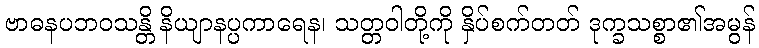
ဗာဓနပဘဝသန္တိ နိယျာနပ္ပကာရေန၊ သတ္တဝါတို့ကို နှိပ်စက်တတ် ဒုက္ခသစ္စာ၏အမွန်